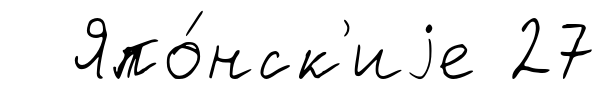
Япо́нск'иjе 27